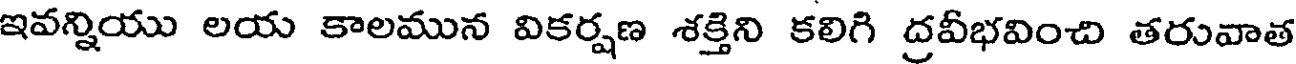
ఇవన్నియు లయ కాలమున వికర్షణ శక్తిని కలిగి ద్రవీభవించి తరువాత